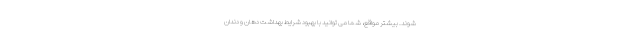
شوند. بیشتر مواقع، شما می توانید با بهبود شرایط بهداشت دهان و دندان